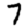
Digit: 7